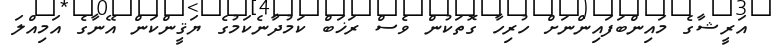
އަރީޝާގެ މައިންބަފައިންނަށް ހުރިހާ ގޮތަކުން ވެސް ރަޚަބް ކަމުދާނެކަމުގެ ޔަޤީންކަން އޭނާގެ އަމިއްލަ